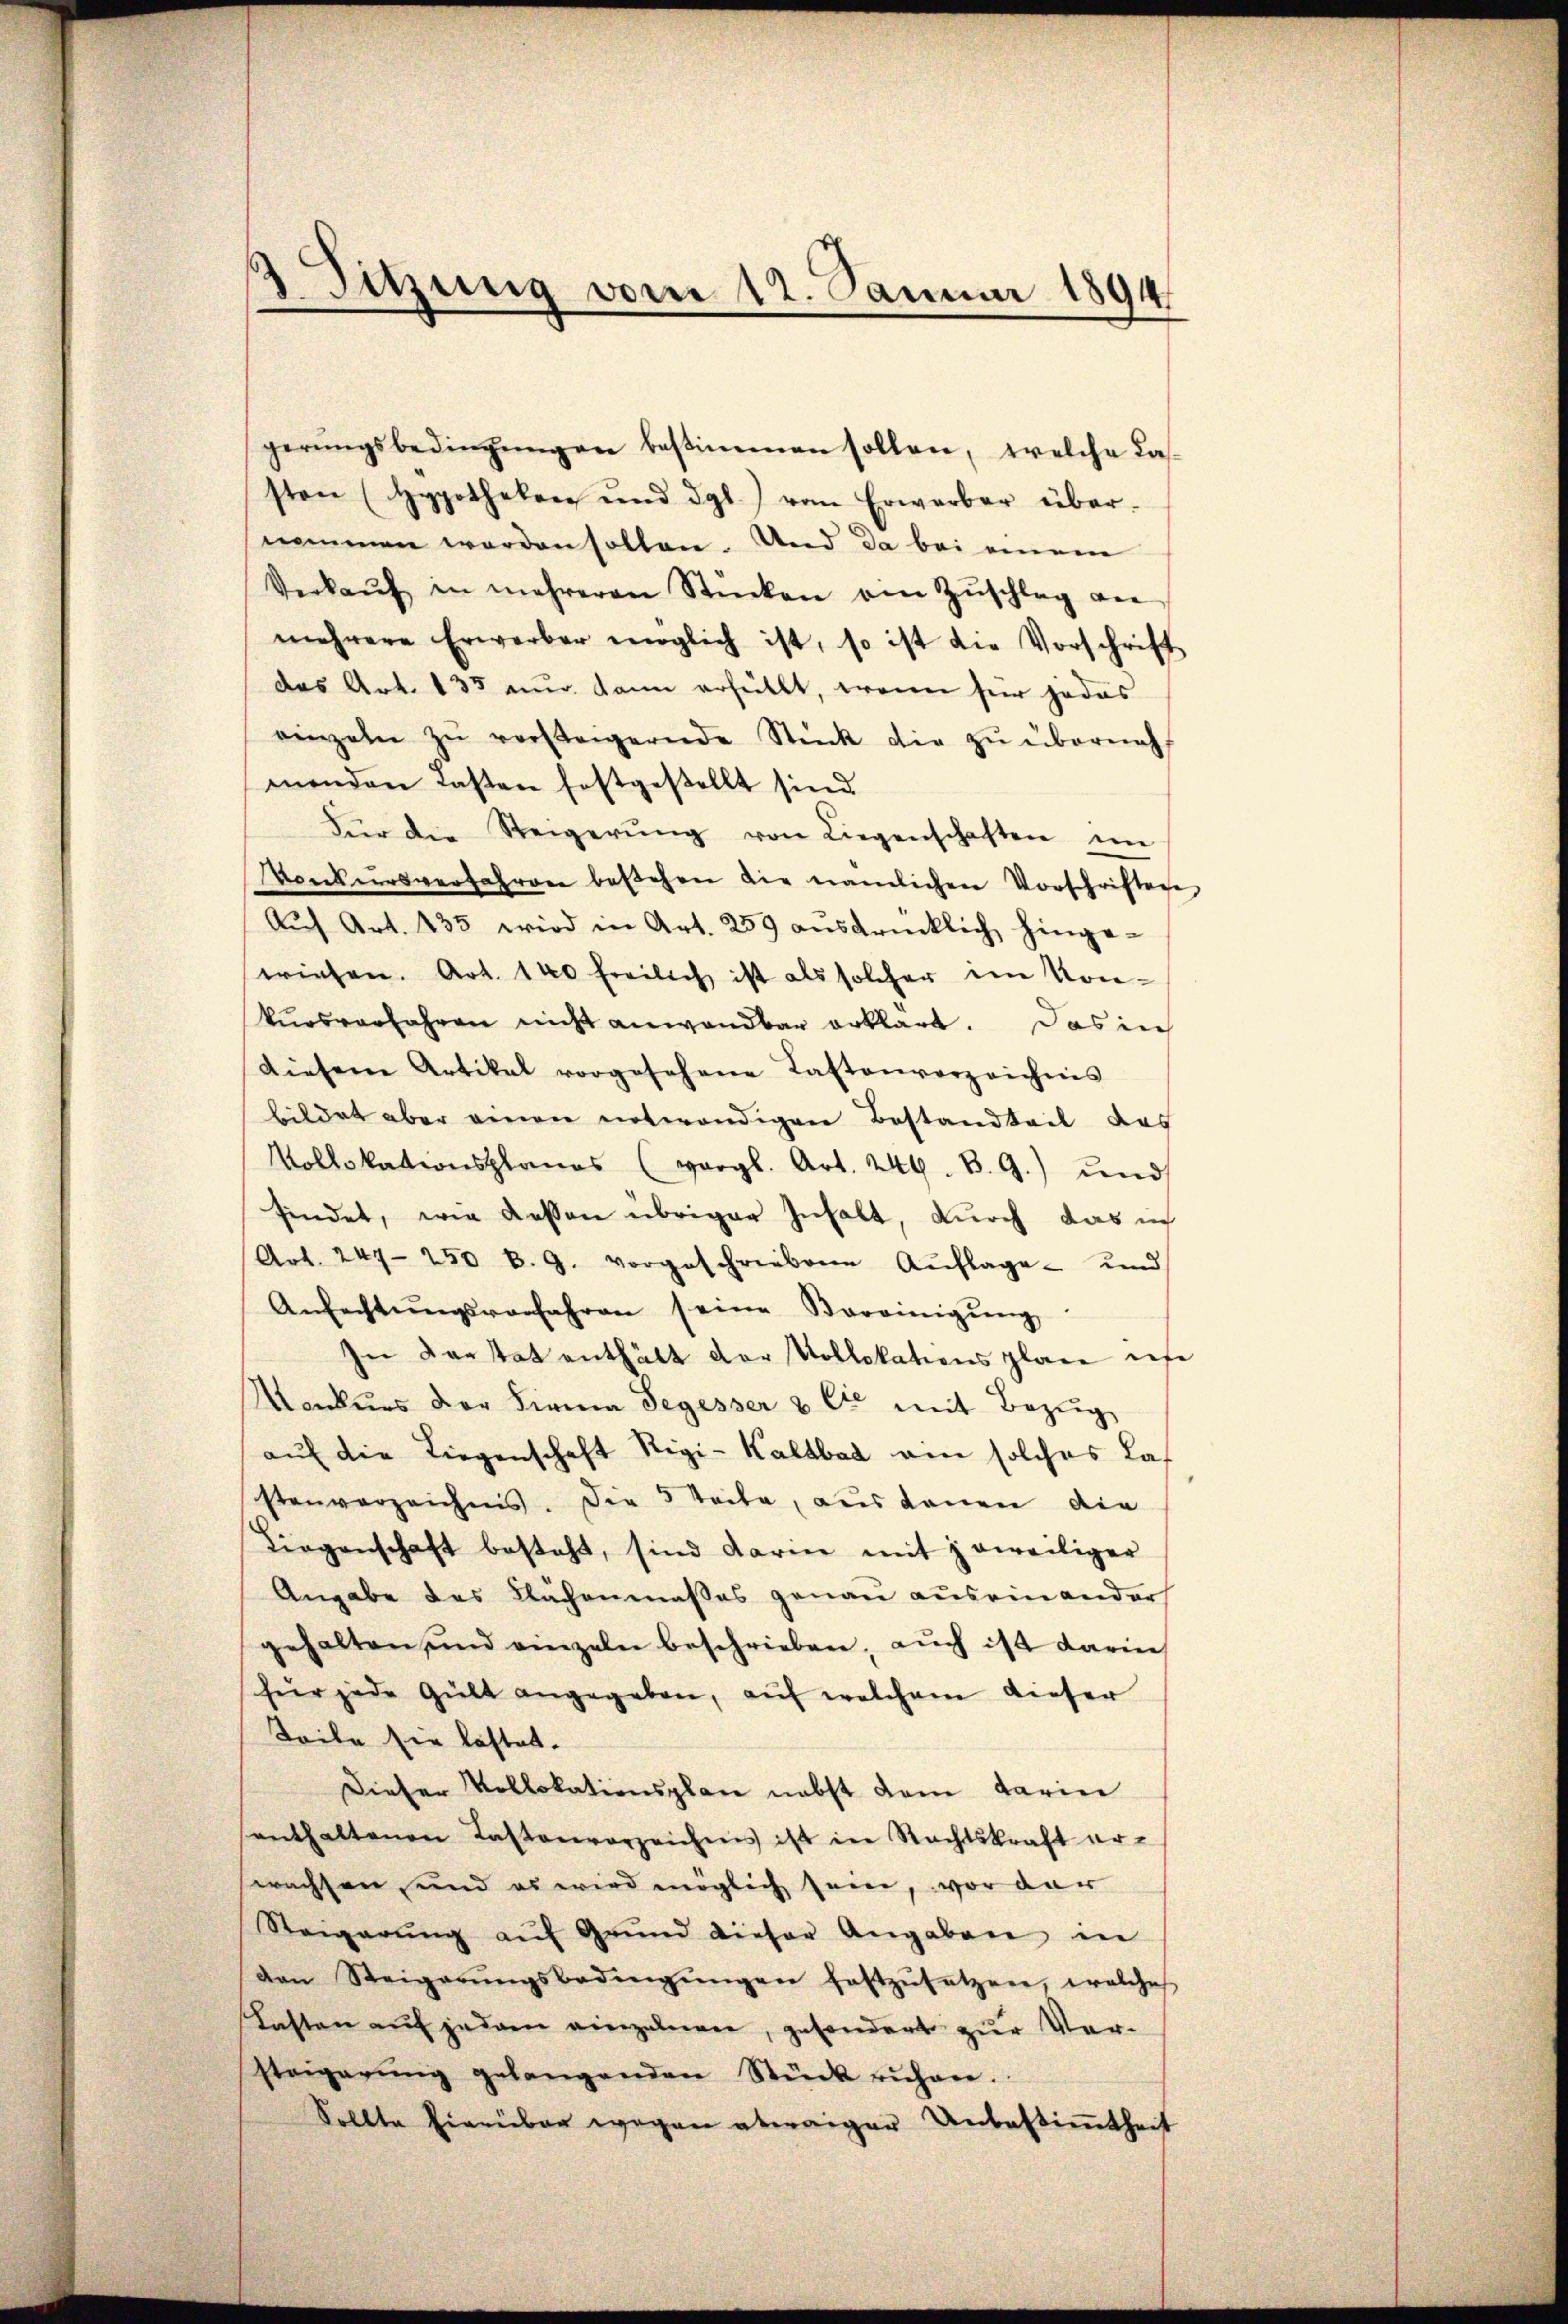
1 Sitzung vom 12. Januar 1894

gerungsbedingungen bestimmen sollen, welche Cassten (Hypotheken und dgl.) vom Erwerber über-
nommen worden sollen. Und da bei einem
Verkaŭf in mehreren Stücken ein Zŭschlag an
mehrere Erwerber möglich ist, so ist die Vorschrift
das Art. 135 nur dann erfüllt, wenn für jedes
einzeln zŭ versteigernde Stück die zŭ übernah
menden Lasten festgestellt sind.
Für die Steigerŭng von Liegenschaften im
Konkursverfahren bestehen die nämlichen Vorschriftere
Auf Art. 435 wird in Art. 259 ausdrücklich hingewiesen. Art. 140 freilich ist als solcher im Kon-
kŭrsverfahren nicht anwendbar erklärt. Das in
diesene Artikal vorgesehene Kastenverzeichnis
bildet aber einen notwendigen Bestandteil das
Kollokationsplanes (vergl. Art. 244. B. G.) und
findet, wie dessen übriger Inhalt, durch das ich
Art. 247- 250 b. 9. vorgeschriebene Aŭflage und
Anfechtŭngsvorfahren seine Vereinigŭng
In der tat enthält der Vollokationsplane infe
Konkurs der Firma Segesser & Cie mit Bezug,
aŭf die Liegenschaft Rigi-Kaltbad ein solches Las
stenverzeichnis. Die 5 Seite, aus denen die
Liegenschaft besteht, sind darin mit jeweiliger
Angabe des Flächenmasses genau auseinander
gehalten und einzeln beschrieben, auch ist darin
für jede Gült angegeben, auf welchem dieser
Seile sie lastet.
Dieser Vollokationsplan nebst dem darin
enthaltenen Kastenverzeichens ist in Nachtskraft er-
wachsen, und es wird möglich sein, vor dar
Steigerŭng aŭf Grŭnd dieser Angaben in
den Steigerŭngsbedingŭngen festzŭsetzen, welches
Lasten auf jedem einzelnen, gesondert zur Versteigerŭng gelangenden Stück ruhen.
Sollte hierüber wegen etwaiger Unbestimmtheit